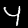
Label: 4